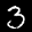
Label: 3